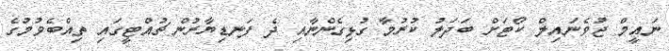
ނައީމް ޖުވެނައިލް ކޯޓަށް ބަދަލު ކުރުމާ ގުޅިގެންނާއި ދެ ފަނޑިޔާރުން ޗުއްޓީގައި ތިއްބެވުމުގެ